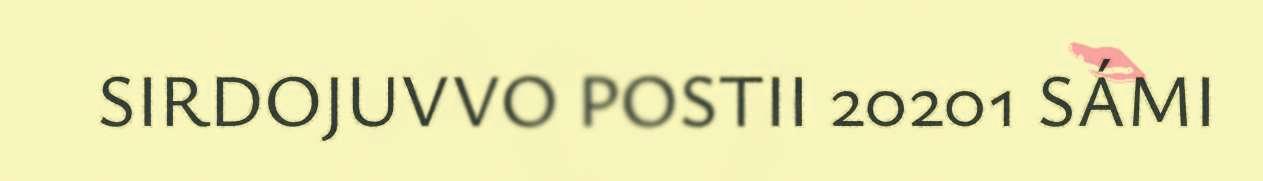
SIRDOJUVVO POSTII 20201 SÁMI